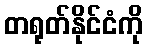
တရုတ်နိုင်ငံကို